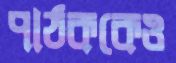
পাঠককেও